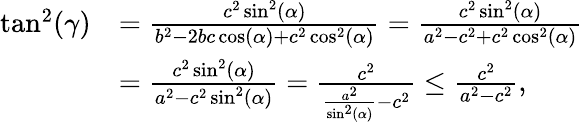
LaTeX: \begin{array}{rl}{\tan^{2}(\gamma)}&{=\frac{c^{2}\sin^{2}(\alpha)}{b^{2}-2bc\cos(\alpha)+c^{2}\cos^{2}(\alpha)}=\frac{c^{2}\sin^{2}(\alpha)}{a^{2}-c^{2}+c^{2}\cos^{2}(\alpha)}}\\ &{=\frac{c^{2}\sin^{2}(\alpha)}{a^{2}-c^{2}\sin^{2}(\alpha)}=\frac{c^{2}}{\frac{a^{2}}{\sin^{2}(\alpha)}-c^{2}}\le\frac{c^{2}}{a^{2}-c^{2}},}\end{array}